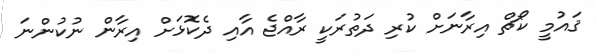
ޤައުމީ ކޯޗް އިރާނަށް ކުރި ދަތުރަކީ ރާއްޖެ އާއި ދެކޮޅަށް އިރާން ނުކުންނަ